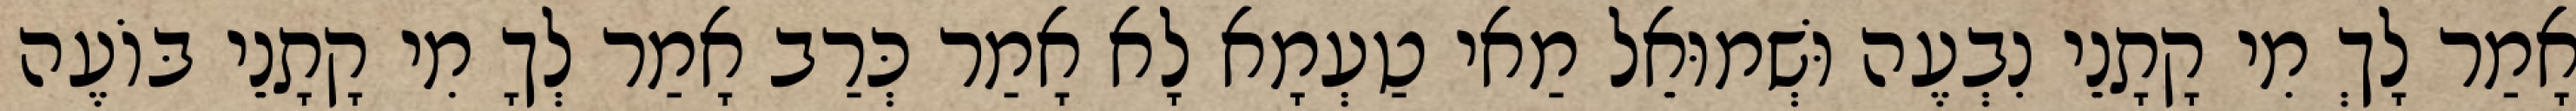
אָמַר לָךְ מִי קָתָנֵי נִבְעֶה וּשְׁמוּאֵל מַאי טַעְמָא לָא אָמַר כְּרַב אָמַר לְךָ מִי קָתָנֵי בּוֹעֶה